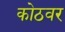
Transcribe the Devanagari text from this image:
कोठवर